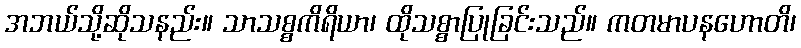
အဘယ်သို့ဆိုသနည်း။ သာသစ္စကိရိယာ၊ ထိုသစ္စာပြုခြင်းသည်။ ကတမာပနဟောတိ၊